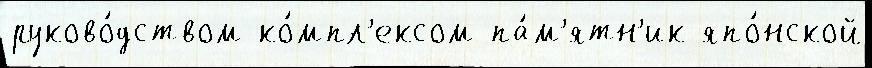
руково́дством ко́мпл'ексом па́м'ятн'ик япо́нской